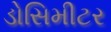
ડોસિમીટર